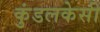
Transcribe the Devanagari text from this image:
कुंडलकेसी